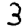
Digit: 3